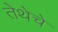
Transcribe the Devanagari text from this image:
तेथेचे